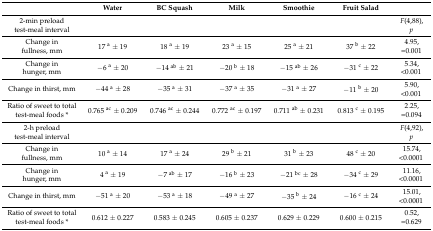
|  | Water | BC Squash | Milk | Smoothie | Fruit Salad |  |
 | --- | --- | --- | --- | --- | --- | --- |
 | 2-min preload test-meal interval |  |  |  |  |  | F(4,88),p |
 | Change in fullness, mm | 17 a ± 19 | 18 a ± 19 | 23 a ± 15 | 25 a ± 21 | 37 b ± 22 | 4.95,=0.001 |
 | Change in hunger, mm | −6 a ± 20 | −14 ab ± 21 | −20 b ± 18 | −15 ab ± 26 | −31 c ± 22 | 5.34,<0.001 |
 | Change in thirst, mm | −44 a ± 28 | −35 a ± 31 | −37 a ± 35 | −31 a ± 27 | −11 b ± 20 | 5.90,<0.001 |
 | Ratio of sweet to total test-meal foods * | 0.765 ac ± 0.209 | 0.746 ac ± 0.244 | 0.772 ac ± 0.197 | 0.711 ab ± 0.231 | 0.813 c ± 0.195 | 2.25,=0.094 |
 | 2-h preload test-meal interval |  |  |  |  |  | F(4,92),p |
 | Change in fullness, mm | 10 a ± 14 | 17 a ± 24 | 29 b ± 21 | 31 b ± 23 | 48 c ± 20 | 15.74,<0.0001 |
 | Change in hunger, mm | 4 a ± 19 | −7 ab ± 17 | −16 b ± 23 | −21 bc ± 28 | −34 c ± 29 | 11.16,<0.0001 |
 | Change in thirst, mm | −51 a ± 20 | −53 a ± 18 | −49 a ± 27 | −35 b ± 24 | −16 c ± 24 | 15.01,<0.0001 |
 | Ratio of sweet to total test-meal foods * | 0.612 ± 0.227 | 0.583 ± 0.245 | 0.605 ± 0.237 | 0.629 ± 0.229 | 0.600 ± 0.215 | 0.52,=0.629 |